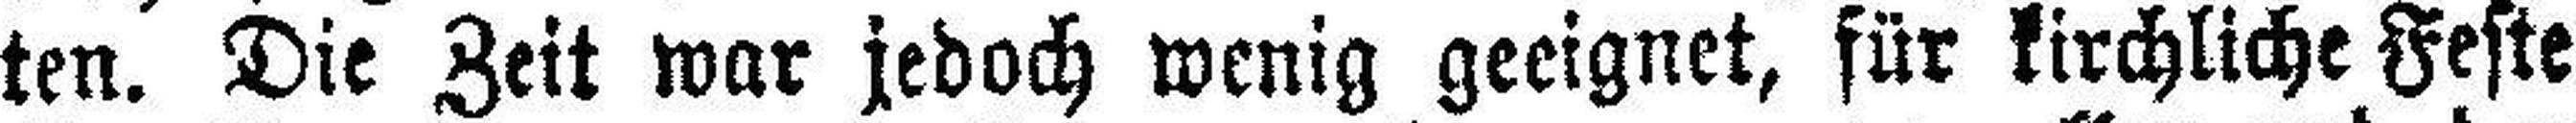
ten. Die Zeit war jedoch wenig geeignet, für kirchliche Feste